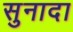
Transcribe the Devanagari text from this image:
सुनादा